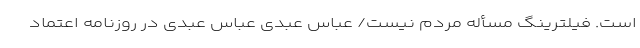
است. فیلترینگ مسأله مردم نیست/ عباس عبدی عباس عبدی در روزنامه اعتماد